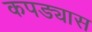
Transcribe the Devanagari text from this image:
कपड्यास